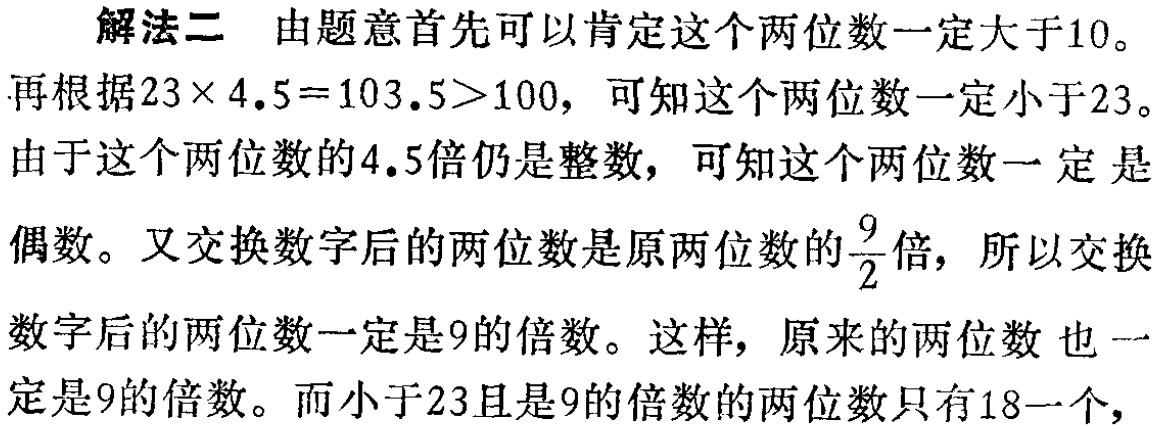
解法二 由题意首先可以肯定这个两位数一定大于10。

再根据\(23\times4.5 = 103.5>100\)，可知这个两位数一定小于23。

由于这个两位数的4.5倍仍是整数，可知这个两位数一定是

偶数。又交换数字后的两位数是原两位数的\(\frac{9}{2}\)倍，所以交换

数字后的两位数一定是9的倍数。这样，原来的两位数也一

定是9的倍数。而小于23且是9的倍数的两位数只有18一个，